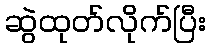
ဆွဲထုတ်လိုက်ပြီး